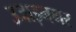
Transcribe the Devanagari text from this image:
उजाड़नगर